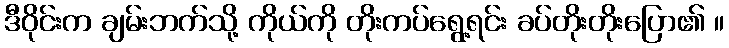
ဒီဝိုင်းက ချမ်းဘက်သို့ ကိုယ်ကို တိုးကပ်ရွေ့ရင်း ခပ်တိုးတိုးပြော၏ ။